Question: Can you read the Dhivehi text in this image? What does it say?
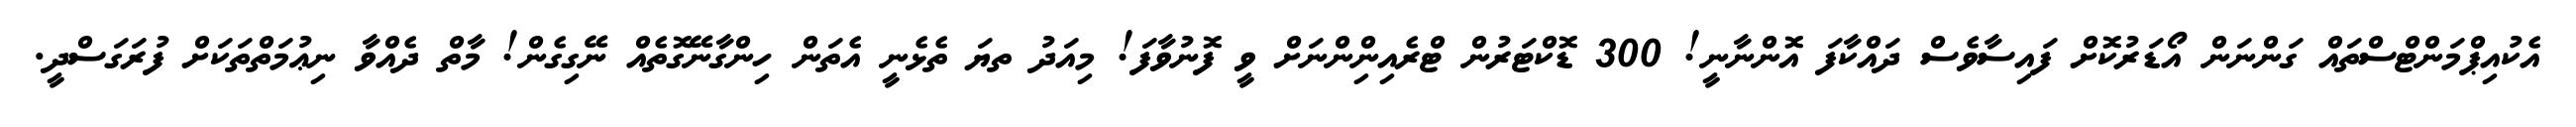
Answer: އެކުއިޕްމަންޓްސްތައް ގަންނަން އޯޑަރުކޮށް ފައިސާވެސް ދައްކާފަ އޮންނާނީ! 300 ޑޮކްޓަރުން ޓްރެއިންިންނަށް ވީ ފޮނުވާފަ! މިއަދު ތޔަ ތެޅެނީ އެތަން ހިންގާނޭގޮތެއް ނޭގިގެން! މާތް ދެއްވާ ނިޢުމަތްތަކަށް ފުރަގަސްދީ.